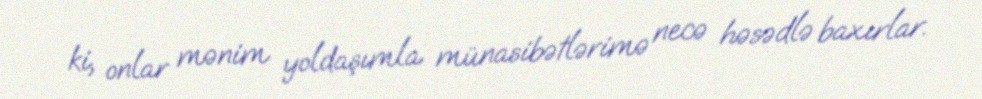
ki, onlar mənim yoldaşımla münasibətlərimə necə həsədlə baxırlar.